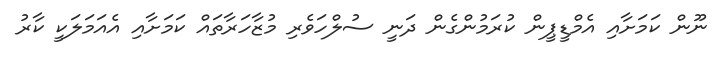
ނޫން ކަމަށާއި އެމްޑީޕީން ކުރަމުންގެން ދަނީ ސުލްހަވެރި މުޒާހަރާތައް ކަމަށާއި އެއަމަލަކީ ކާރު